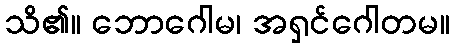
သိ၏။ ဘောဂေါမ၊ အရှင်ဂေါတမ။